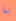
بما